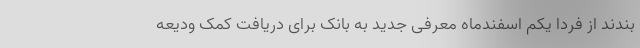
بندند از فردا یکم اسفندماه معرفی جدید به بانک برای دریافت کمک ودیعه